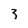
Character: 3